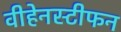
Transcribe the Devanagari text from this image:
वीहेनस्टीफन